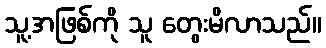
သူ့အဖြစ်ကို သူ တွေးမိလာသည်။